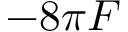
- 8 \pi F